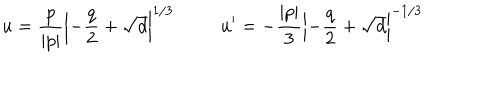
LaTeX: u = \frac { p } { | p | } \left| - \frac { q } { 2 } + \sqrt { d } \right| ^ { 1 / 3 } \ \ u ^ { \prime } = - \frac { | p | } { 3 } \left| - \frac { q } { 2 } + \sqrt { d } \right| ^ { - 1 / 3 }